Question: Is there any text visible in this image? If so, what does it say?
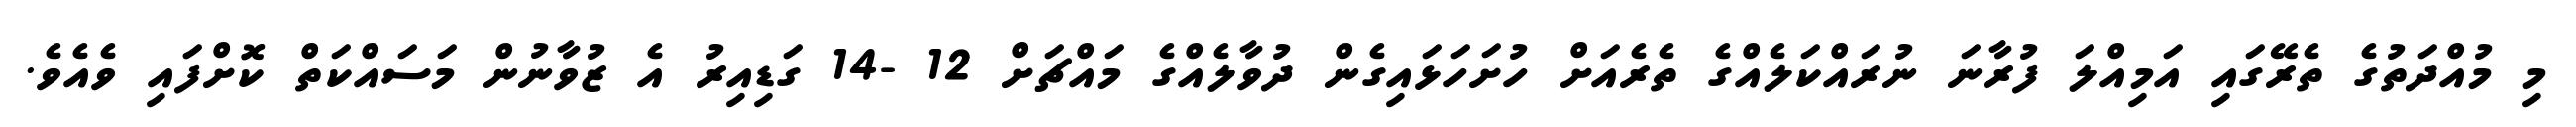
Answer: މި މުއްދަތުގެ ތެރޭގައި އަމިއްލަ ފުރާނަ ނުރައްކަލެއްގެ ތެރެއަށް ހުށަހަޅައިގެން ދުވާލެއްގެ މައްޗަށް 12 -14 ގަޑިއިރު އެ ޒުވާނުން މަސައްކަތް ކޮށްފައި ވެއެވެ.